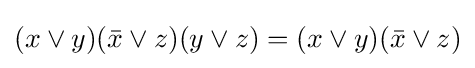
(x\vee y)({\bar {x}}\vee z)(y\vee z)=(x\vee y)({\bar {x}}\vee z)